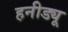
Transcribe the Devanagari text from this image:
हनीड्यू